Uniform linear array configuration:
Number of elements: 8
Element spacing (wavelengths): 0.75
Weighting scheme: kaiser
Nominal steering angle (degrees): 0
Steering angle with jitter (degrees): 1.062
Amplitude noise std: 0.05
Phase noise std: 0.05

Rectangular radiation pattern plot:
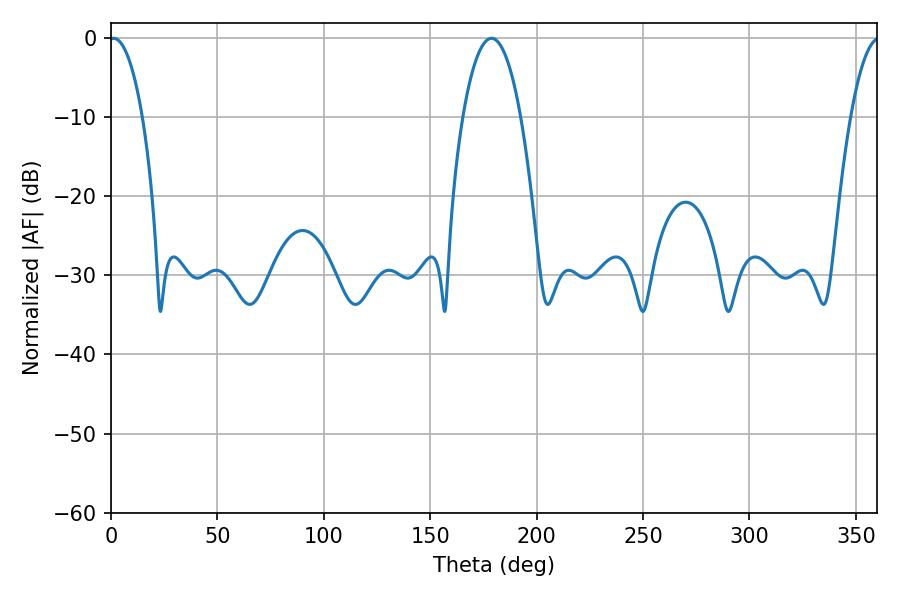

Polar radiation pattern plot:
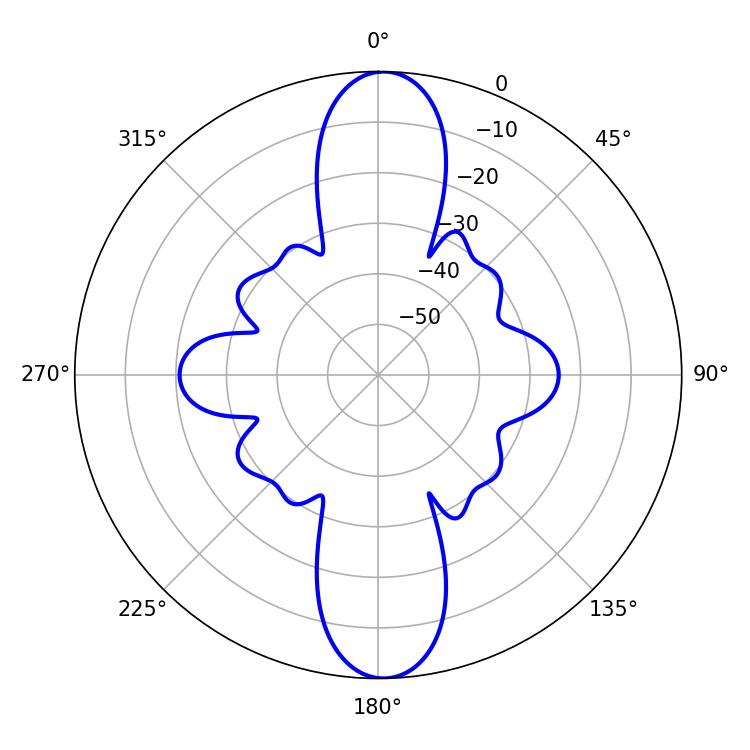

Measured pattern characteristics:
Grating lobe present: TRUE
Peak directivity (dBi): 23.288
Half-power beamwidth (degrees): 8.82
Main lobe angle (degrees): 1.26